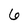
Character: 6